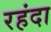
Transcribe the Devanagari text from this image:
रहंदा